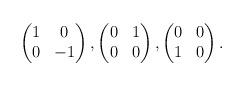
LaTeX: \begin{align*}\begin{pmatrix}1&0\\0&-1\end{pmatrix},\begin{pmatrix}0&1\\0&0\end{pmatrix},\begin{pmatrix}0&0\\1&0\end{pmatrix}.\end{align*}